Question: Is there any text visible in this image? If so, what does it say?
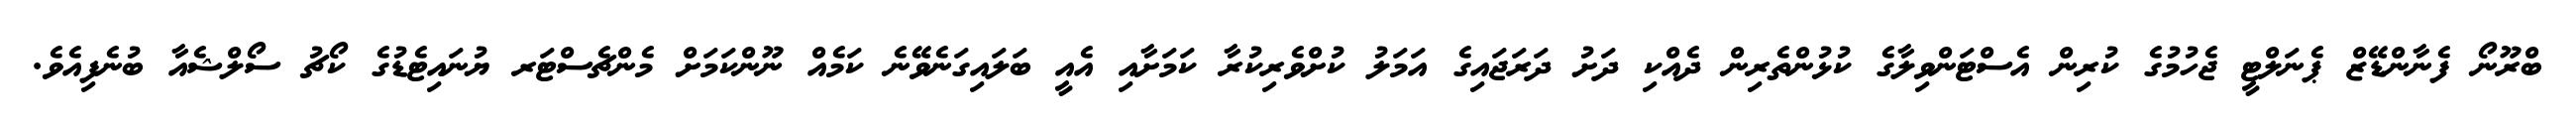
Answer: ބްރޫނޯ ފެނާންޑޭޒް ޕެނަލްޓީ ޖެހުމުގެ ކުރިން އެސްޓަންވިލާގެ ކުޅުންތެރިން ދެއްކި ދަށު ދަރަޖައިގެ އަމަލު ކުށްވެރިކުރާ ކަމަށާއި އެއީ ބަލައިގަނެވޭނެ ކަމެއް ނޫންކަމަށް މެންޗެސްޓަރ ޔުނައިޓެޑުގެ ކޯޗު ސޯލްޝެއާ ބުނެފިއެވެ.